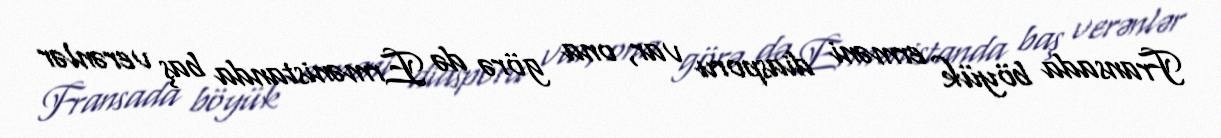
Fransada böyük erməni diasporu var, ona görə də Ermənistanda baş verənlər